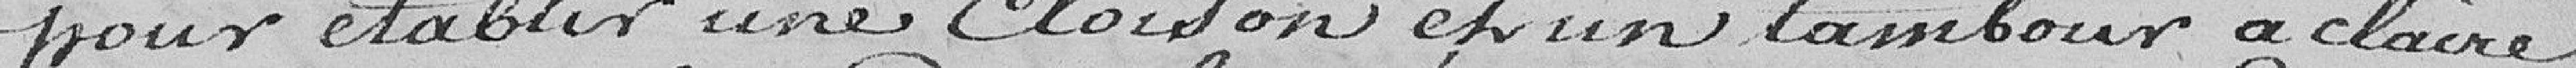
pour établir une cloison et un lambour à claire